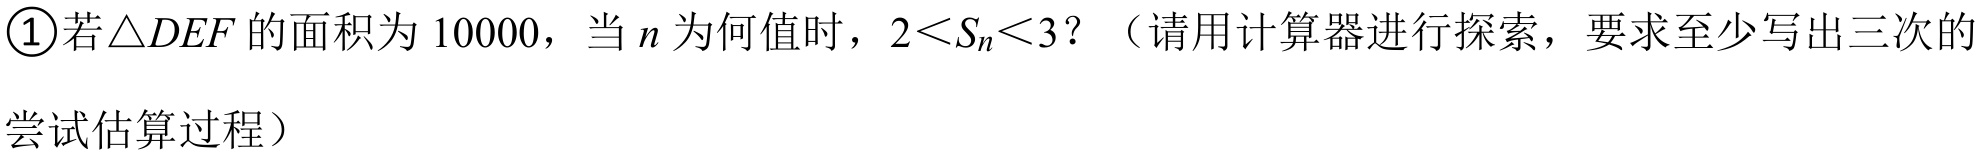
\textcircled{1}若\(\triangle DEF\)的面积为\(10000\)，当\(n\)为何值时，\(2<S_{n}<3\)？（请用计算器进行探索，要求至少写出三次的

尝试估算过程）